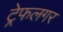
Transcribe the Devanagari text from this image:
ट्रेफलगर